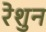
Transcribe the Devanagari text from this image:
रेशुन